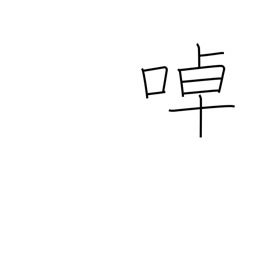
Meaning: twittering